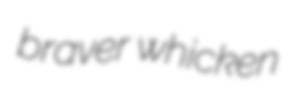
braver whicken